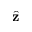
\hat { \bf z }